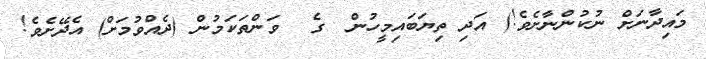
މައިދާނަށް ނުކުންނާށެވެ!) އަދި ތިޔަބައިމީހުން  ގެ  ވަންތަކަމުން (ދެއްވުމަށް) އެދޭށެވެ!